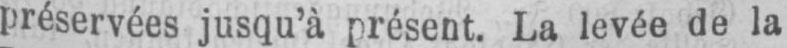
préservées jusqu’à présent. La levée de la